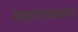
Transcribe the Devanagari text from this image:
महापातकाला